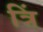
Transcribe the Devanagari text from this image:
त्रिं